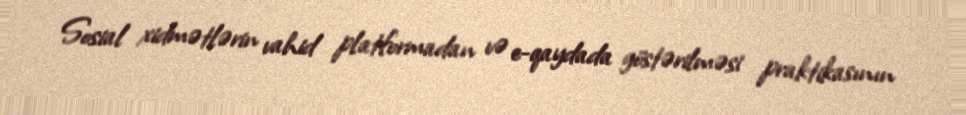
Sosial xidmətlərin vahid platformadan və e-qaydada göstərilməsi praktikasının